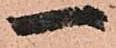
一